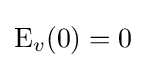
\mathrm {E} _{v}(0)=0